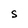
Character: S